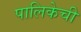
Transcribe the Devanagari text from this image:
पालिकेची